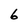
Character: 6